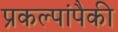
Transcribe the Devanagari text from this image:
प्रकल्पांपैकी